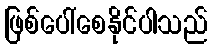
ဖြစ်ပေါ်စေနိုင်ပါသည်